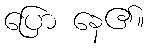
ပြော နေ၏။